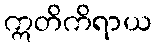
ဣတိကိရာယ